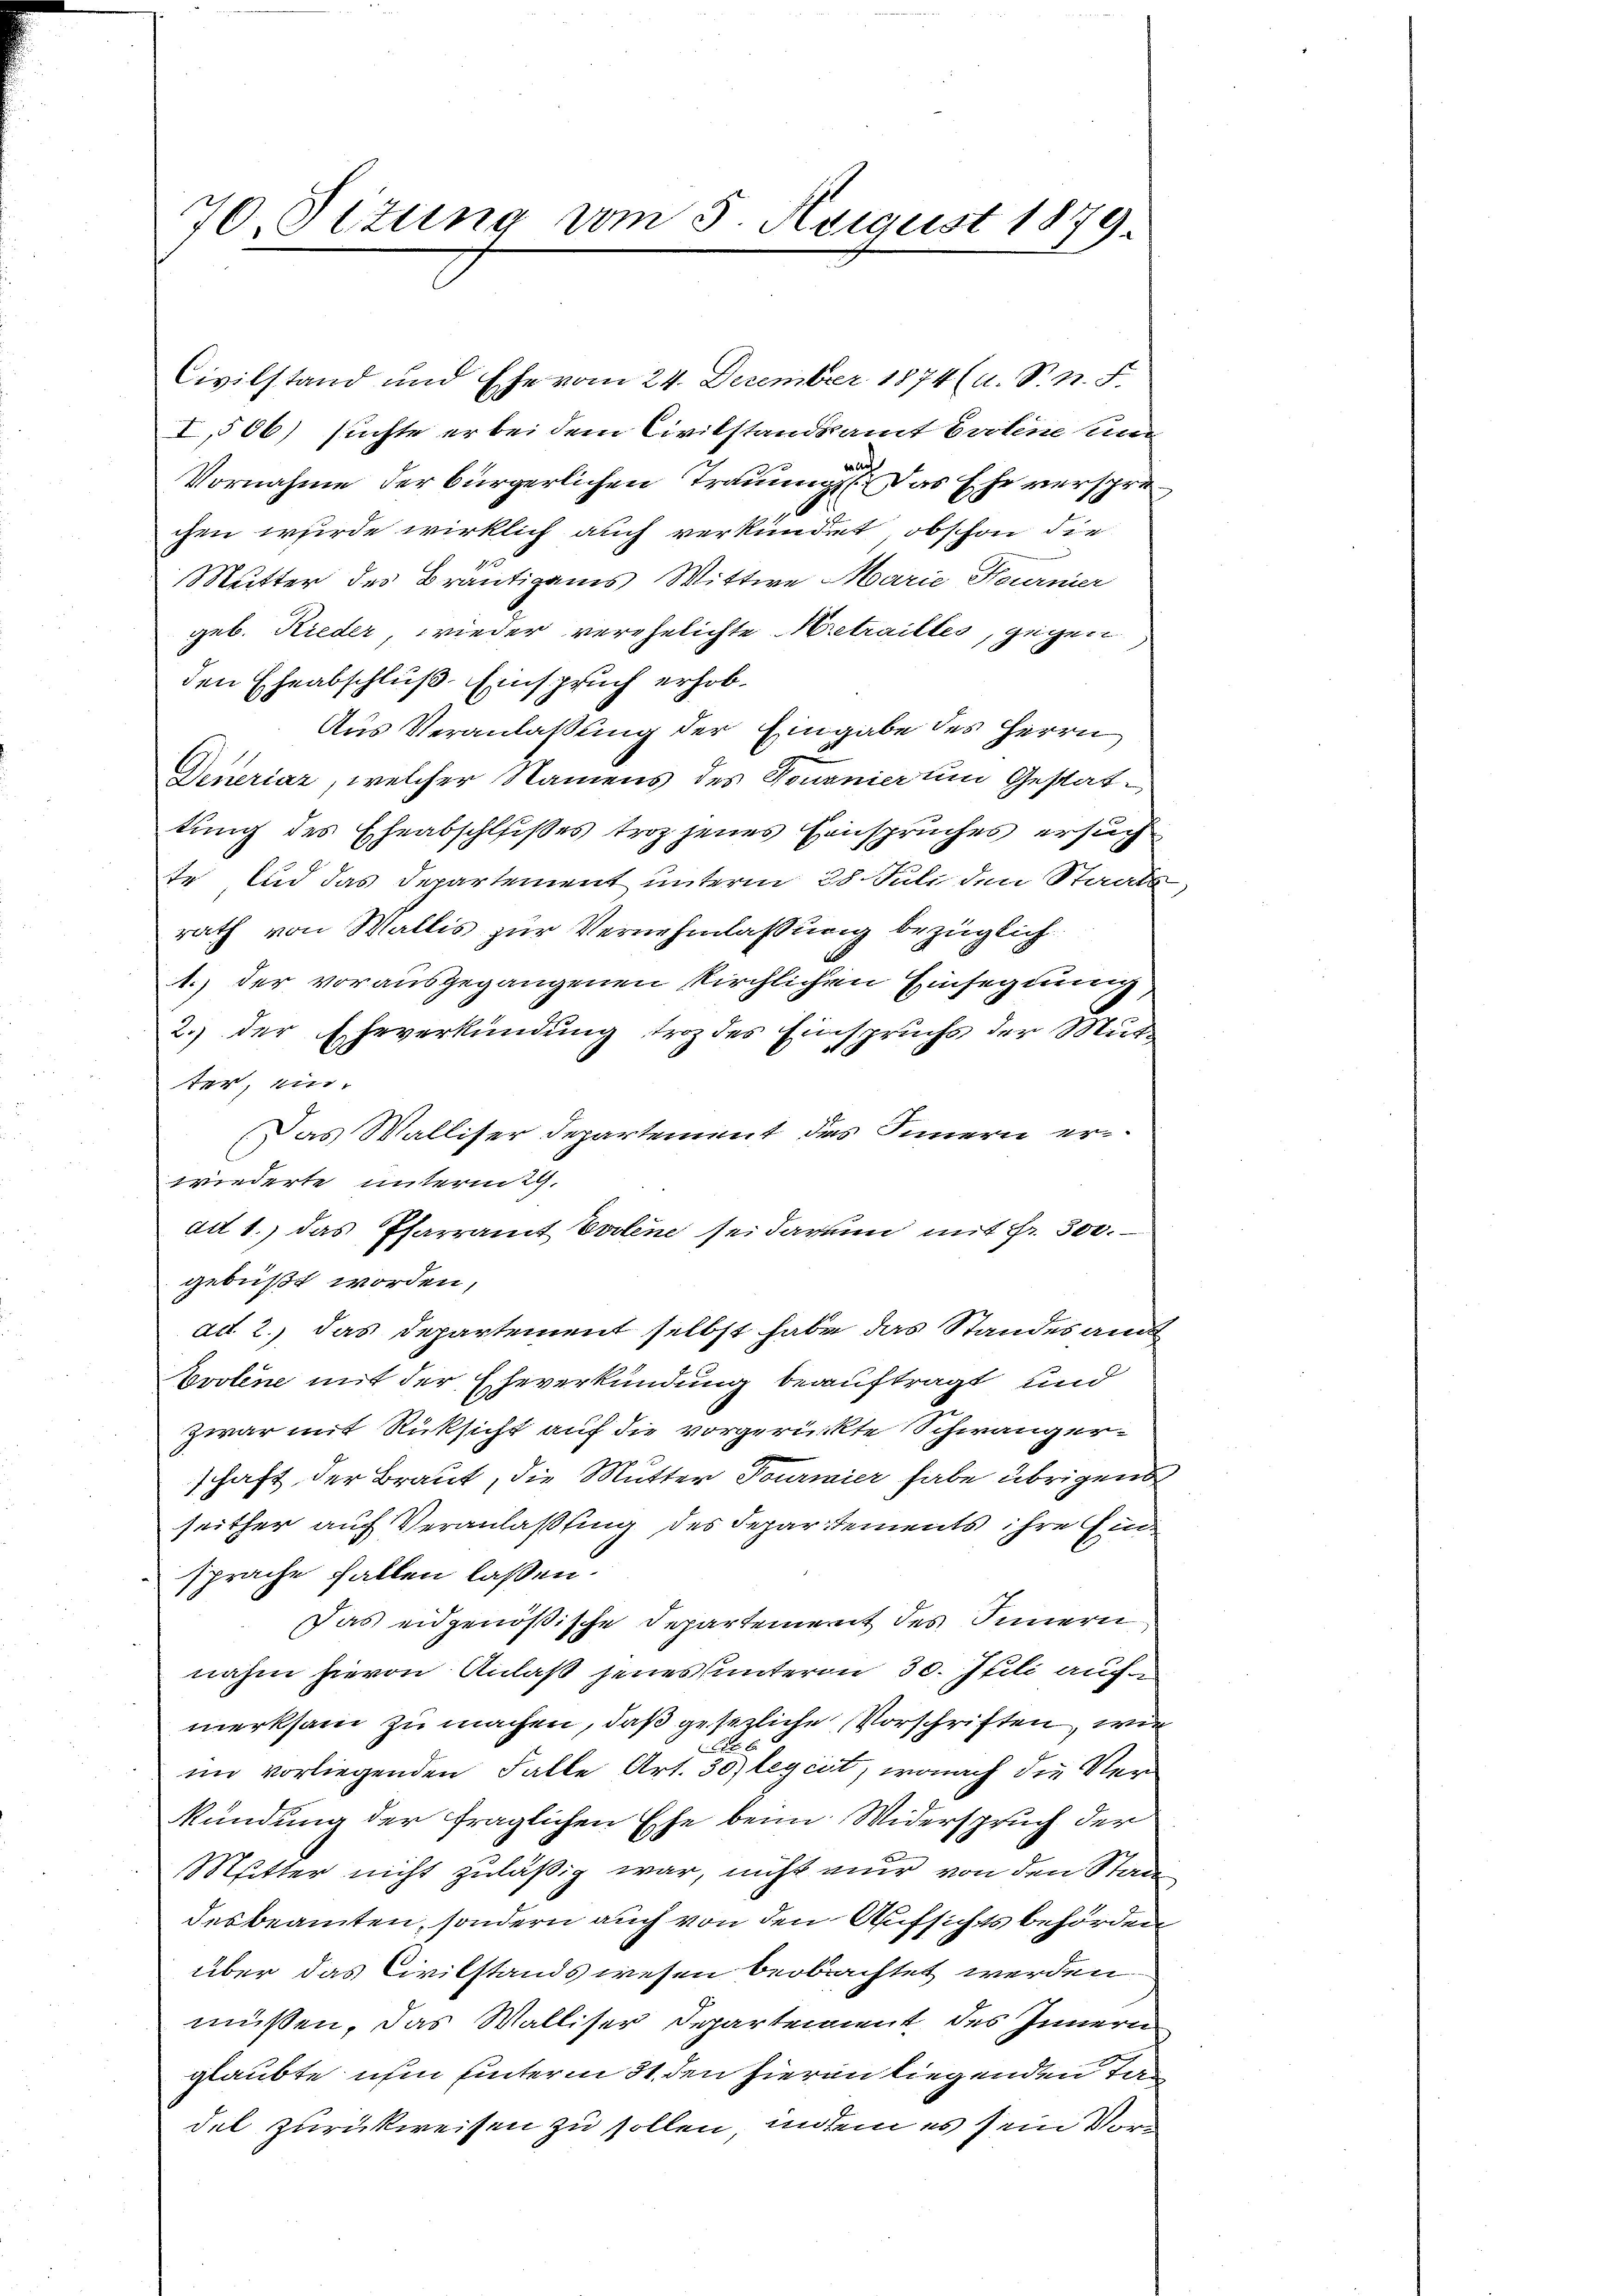
70. Sizung vom 5. August 1879.

Civilstand und Ehe vom 24. Dezember 1874 (u. S. n. F.
I,506) suchte er bei dem Civilstandsamt Erotene um
Vornahme der bürgerlichen Trauung. Das Ehe versprechen wurde wirklich auch verkündet, obschon die
Mutter des Bräutigams Wittwe Marie Heurnier
geb. Rieder, wieder verehelichte retrailles, gegen
den Eheabschluß Einspruch erhob¬
Aus Veranlaßung der Eingabe des Herrn
Deneriaz, welcher Namens des Tournier um Gestattung des Eheabschlißes troz jenes Einspruches ersuch
te und das Departement unterm 28. Juli den Staats
rath von Wallis zur Vernehmlassung bezüglich
1.) der vorausgegangenen Kirchlichen Einsegnung
2.) der Eheverkündung troz des Einspruchs der Mutter, ein¬
Das Walliser Departement des Innern erwiederte untermag.
ad 1.) das Pfarramt Evolene sei darum mit Fr. 300.
gebüßt worden,
ad 2.) das Departement selbst habe das Standes and
bvolene mit der Eheverkündung beauftragt und
zwar mit Rücksicht auf die vorgerückte Schwangerschaft der Braut, die Mutter Tourmier habe übrigens
seither auf Veranlaßung des Departements ihre Einsprache fallen laßen.
Das eidgenößische Departement des Innern
nahm hievon Anlaß jenes unterm 30. Juli auche
merksam zu machen, daß gesezliche Vorschriften, wie
2
2
im vorliegenden Falle Art. 30) legirt, wonach die Verkündung der fraglichen Ehe beim Widerspruch der
Mitter nicht zuläßig war, nicht nur von den Stade
desbeamten, sondern auch von den Aufsichtsbehörden
über das Civilstands wesen beobachtet werden.
müssen. Das Walliser Departement des Innern
glaubte ihm unterm 31. den hieren liegenden Tadel zurückweisen zu sollen, indem es sein Vor¬